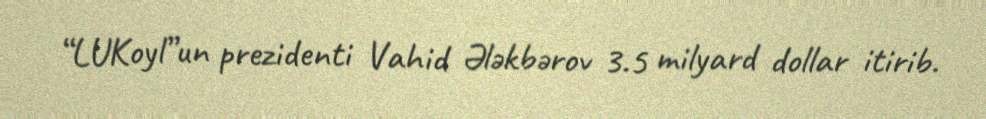
“LUKoyl”un prezidenti Vahid Ələkbərov 3.5 milyard dollar itirib.